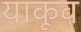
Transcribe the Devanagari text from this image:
याकूव